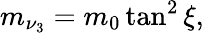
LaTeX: m_{\nu_{3}}=m_{0}\tan^{2}\xi,